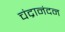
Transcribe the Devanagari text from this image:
चंद्रानंदन